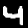
Label: 4